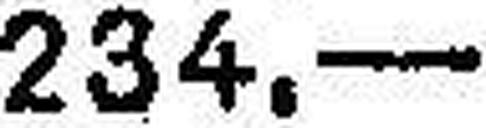
234.—